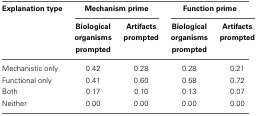
| Explanation type | <COLSPAN=2> Mechanism prime | <COLSPAN=2> Function prime |
 |  | Biological organisms prompted | Artifacts prompted | Biological organisms prompted | Artifacts prompted |
 | --- | --- | --- | --- | --- |
 | Mechanistic only | 0.42 | 0.28 | 0.28 | 0.21 |
 | Functional only | 0.41 | 0.60 | 0.58 | 0.72 |
 | Both | 0.17 | 0.10 | 0.13 | 0.07 |
 | Neither | 0.00 | 0.00 | 0.00 | 0.00 |